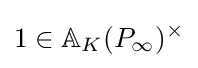
1\in \mathbb {A} _{K}(P_{\infty })^{\times }